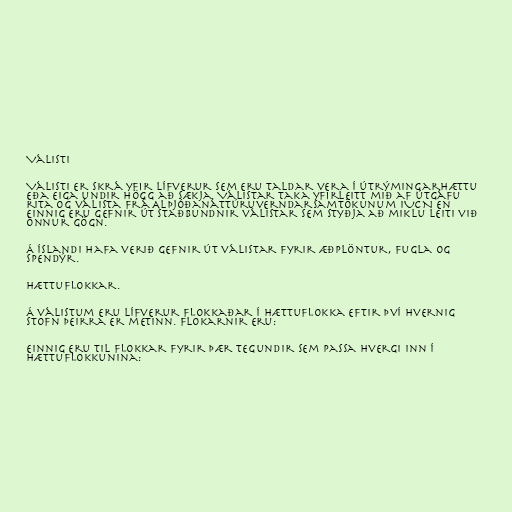
Válisti

Válisti er skrá yfir lífverur sem eru taldar vera í útrýmingarhættu
eða eiga undir högg að sækja. Válistar taka yfirleitt mið af útgáfu
rita og válista frá Alþjóðanáttúruverndarsamtökunum IUCN en
einnig eru gefnir út staðbundnir válistar sem styðja að miklu leiti við
önnur gögn.

Á Íslandi hafa verið gefnir út válistar fyrir æðplöntur, fugla og
spendýr.

Hættuflokkar.

Á válistum eru lífverur flokkaðar í hættuflokka eftir því hvernig
stofn þeirra er metinn. Flokarnir eru:

Einnig eru til flokkar fyrir þær tegundir sem passa hvergi inn í
hættuflokkunina: